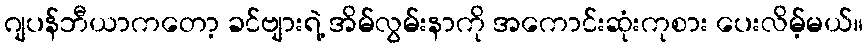
ဂျပန်ဘီယာကတော့ ခင်ဗျားရဲ့ အိမ်လွမ်းနာကို အကောင်းဆုံးကုစား ပေးလိမ့်မယ်။